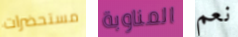
مستحضرات المناوبة نعم